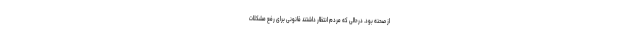
از صحنه بود. درحالی که مردم انتظار داشتند قانونی برای رفع مشکلات